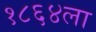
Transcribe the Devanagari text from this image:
१८६४ला